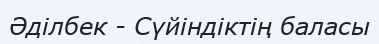
Әділбек - Сүйіндіктің баласы